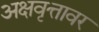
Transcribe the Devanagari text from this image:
अक्षवृत्तावर